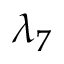
\lambda _ { 7 }